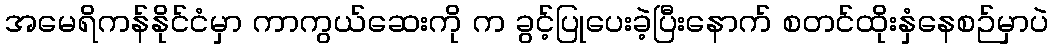
အမေရိကန်နိုင်ငံမှာ ကာကွယ်ဆေးကို က ခွင့်ပြုပေးခဲ့ပြီးနောက် စတင်ထိုးနှံနေစဉ်မှာပဲ